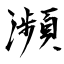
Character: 瀕